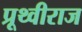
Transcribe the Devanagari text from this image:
प्रूथ्‍वीराज